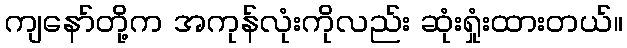
ကျနော်တို့က အကုန်လုံးကိုလည်း ဆုံးရှုံးထားတယ်။